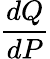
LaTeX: \frac{dQ}{dP}